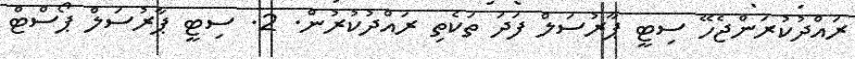
ރައްދުކުރަންޖެހޭ ސިޓީ ޕާރުސަލް ފަދަ ތަކެތި ރައްދުކުރުން. 2. ސިޓީ ޕާރުސަލް ޕޯސްޓް